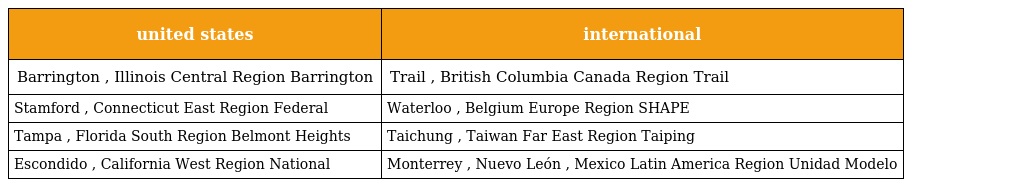
| united states | international |
 | --- | --- |
 | Barrington , Illinois Central Region Barrington | Trail , British Columbia Canada Region Trail |
 | Stamford , Connecticut East Region Federal | Waterloo , Belgium Europe Region SHAPE |
 | Tampa , Florida South Region Belmont Heights | Taichung , Taiwan Far East Region Taiping |
 | Escondido , California West Region National | Monterrey , Nuevo León , Mexico Latin America Region Unidad Modelo |